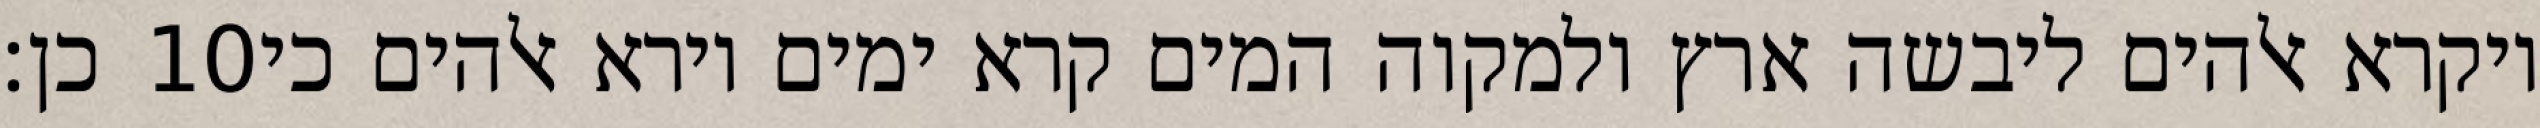
כן׃ ‎10‏ ויקרא אלהים ליבשה ארץ ולמקוה המים קרא ימים וירא אלהים כי